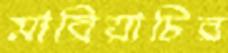
মারিয়াচির